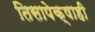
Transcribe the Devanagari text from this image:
तिसापेक्षाही